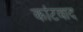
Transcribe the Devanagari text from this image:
कांटवाद